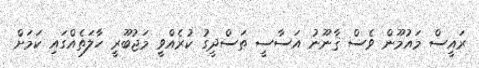
ރައީސް މައުމޫން ވެސް ޤާނޫނު އަސާސީ ތަސްދީގު ކުރެއްވީ މަޖުބޫރީ ހާލަތެއްގައި ކަމަށް